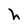
Character: h